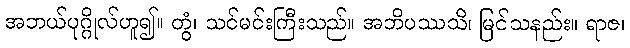
အဘယ်ပုဂ္ဂိုလ်ဟူ၍။ တွံ၊ သင်မင်းကြီးသည်။ အဘိပဿသိ၊ မြင်သနည်း။ ရာဇ၊